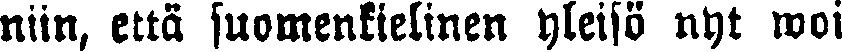
niin, että suomenkielinen yleisö nyt woi